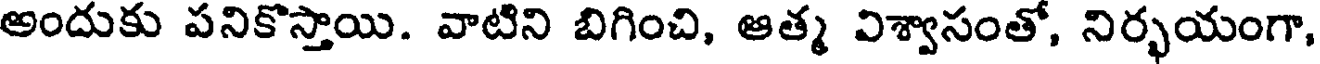
అందుకు పనికొస్తాయి. వాటిని బిగించి, ఆత్మ విశ్వాసంతో, నిర్భయంగా,